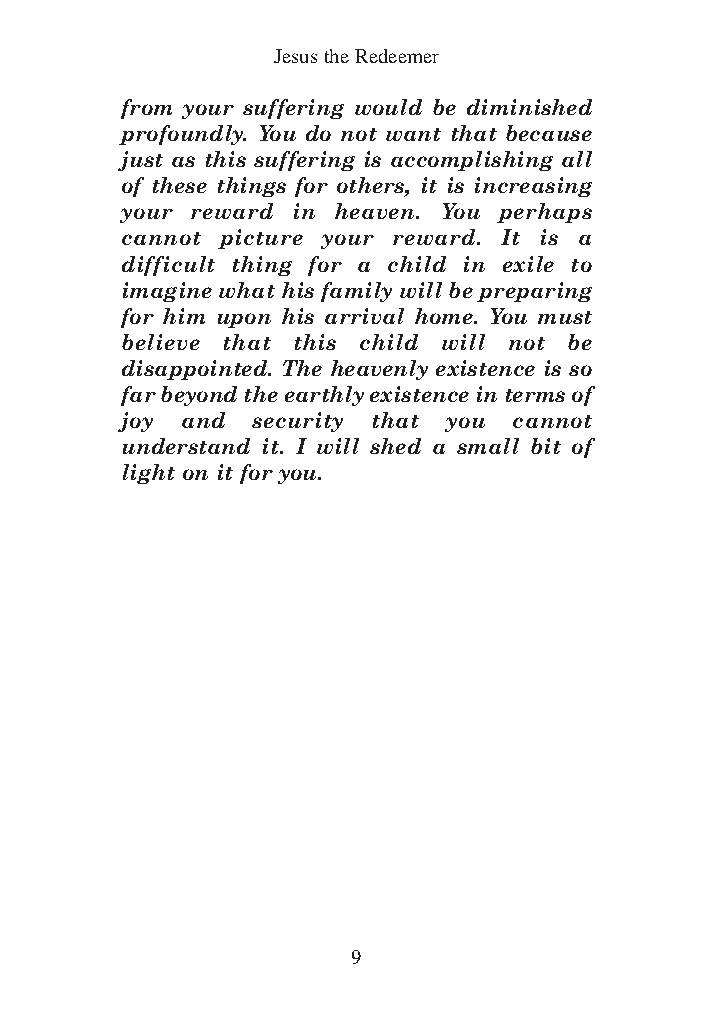
DFOT Vol 5 No App_1 12/3/13 8:54 PM Page 9
 Jesus the Redeemer
 from your suffering would be diminished
 profoundly. You do not want that because
 just as this suffering is accomplishing all
 of these things for others, it is increasing
 your reward in heaven. You perhaps
 cannot picture your reward. It is a
 difficult thing for a child in exile to
 imagine what his family will be preparing
 for him upon his arrival home. You must
 believe that this child will not be
 disappointed. The heavenly existence is so
 far beyond the earthly existence in terms of
 joy and security that you cannot
 understand it. I will shed a small bit of
 light on it for you.
 9